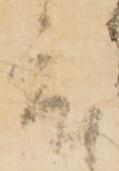
度